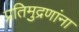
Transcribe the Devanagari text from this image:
प्रतिमुद्रणांना